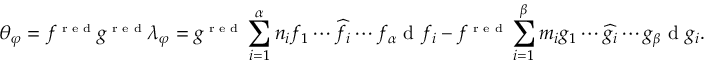
\theta _ { \varphi } = f ^ { \scriptscriptstyle \textup { r e d } } g ^ { \scriptscriptstyle \textup { r e d } } \lambda _ { \varphi } = g ^ { \scriptscriptstyle \textup { r e d } } \sum _ { i = 1 } ^ { \alpha } n _ { i } f _ { 1 } \cdots \widehat { f _ { i } } \cdots f _ { \alpha } \textup { d } f _ { i } - f ^ { \scriptscriptstyle \textup { r e d } } \sum _ { i = 1 } ^ { \beta } m _ { i } g _ { 1 } \cdots \widehat { g _ { i } } \cdots g _ { \beta } \textup { d } g _ { i } .